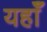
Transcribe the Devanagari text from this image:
यहाँँ